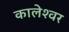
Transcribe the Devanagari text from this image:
कालेश्‍वर